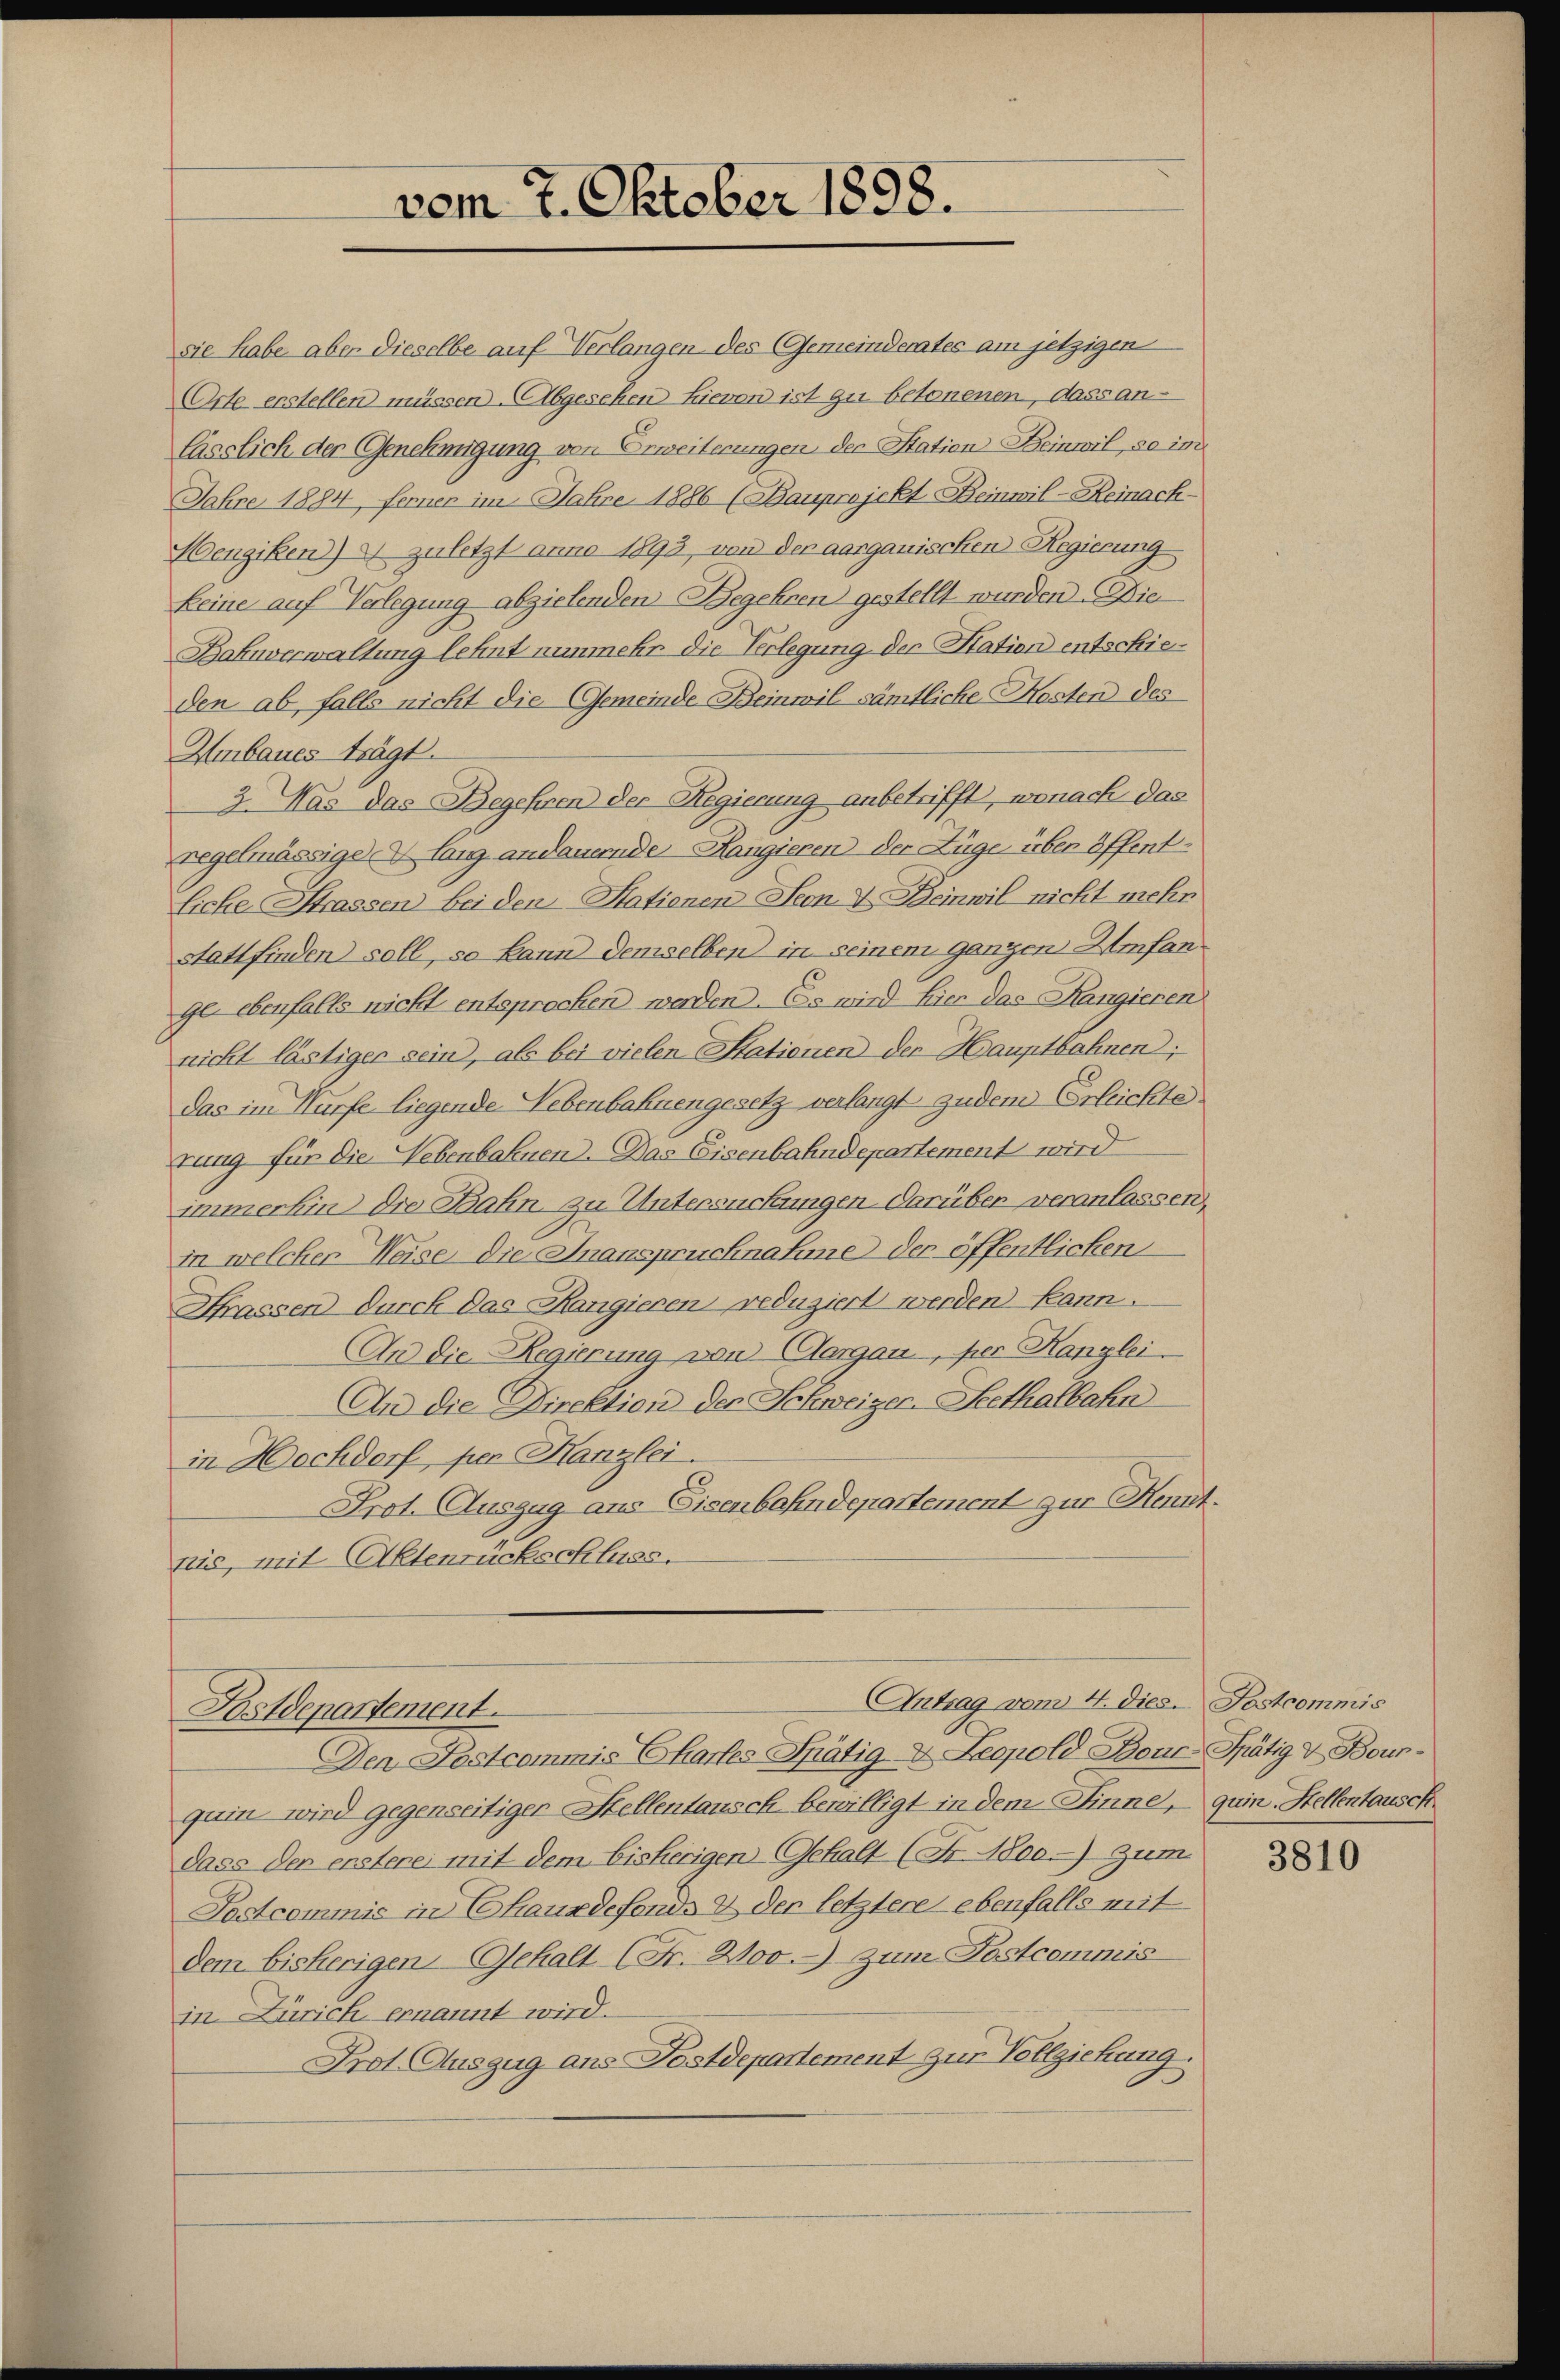
sie habe aber dieselbe auf Verlangen des Gemeinderates am jetzigen
Orte erstellen müssen. Abgesehen hievon ist zu betonenen, dass an-
lässlich der Genehmigung von Erweiterungen, der Station Beinwil, so im
Jahre 1884, ferner im Jahre 1886 (Bauprojekt Beinwil-Reinack-
Aengiken) zuletzt anno 1893, von der aargauischen Regierung
keine auf Verlegung abzielenden Begehren gestellt wurden. Die
Bahnverwaltung lehnt nunmehr die Verlegung der Station entschieden ab, falls nicht die Gemeinde Beinwil sämtliche Kosten des
Umbaues trägt.
3. Was das Begehren der Regierung anbetrifft, wonach das
regelmässige Lanz andauernde Rangieren der Züge über öffentliche Strassen bei den Statienen Seon I. Beinwil nicht mehr
stattfinden soll, so kann demselben in seinem ganzen Umfange- ebenfalls nicht entsprochen werden. Es wird hier das Rangieren
nicht lästiger sein, als bei vielen Stationen der Hauptbahnen;
das im Würfe liegende Nebenbahnengesetz verlangt zudem Erleichte.
tung für die Nebenbahnen. Das Eisenbahndepartement wird
immerhin die Bahn zu Untersuchungen darüber veranlassen.
in welcher Weise, die Inanspruchnahme der öffentlichen
Strassen durch das Rangieren reduziert werden kann.
An die Regierung von Aargau, per Hanglei
An die Direktion der Schweizer-Seethalbahn
in Hochdorf, per Kanzlei
Prot. Auszug aus Eisenbahndepartement zur Kennt
nis, mit Aktenrückschluss.
Antrag vom 4. dies. Postcommis
Postdepartement.
Den Postcommis Chartes Spätig. Leopold Bone-Thätig & Bour-
quin wird gegenseitiger Stellentausch bewilligt in dem Sinne,
dass der ersterei mit dem bisherigen Gehalt (Fr. 1800.) zum
Sostcommis in Chauxdefonds & der letztere ebenfalls mit
dem bisherigen Gehalt (Fr. 200.) zum Postcommis
in Zürich ernannt wird.
Prot. Auszug ans Postdepartement zur Vollziehung.

vom 7. Oktober 1898.

quin. Stellentausch.

2

3810